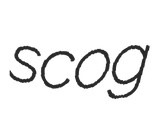
scog